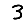
Digit: 3